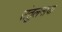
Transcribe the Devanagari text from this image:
संतुलनाचा